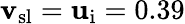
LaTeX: {\mathbf v}_{\mathrm{sl}}={\mathbf u}_{\mathrm{i}}=0.39